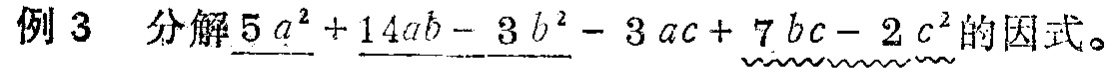
例 3 分解\(5a^{2}+14ab - 3b^{2}-3ac + 7bc - 2c^{2}\)的因式。